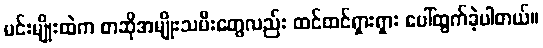
မင်းမျိုးထဲက စာဆိုအမျိုးသမီးတွေလည်း ထင်ထင်ရှားရှား ပေါ်ထွက်ခဲ့ပါတယ်။